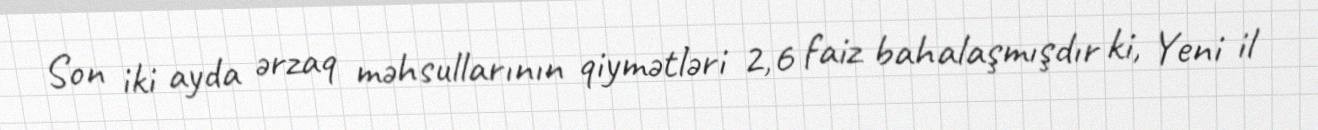
Son iki ayda ərzaq məhsullarının qiymətləri 2,6 faiz bahalaşmışdır ki, Yeni il